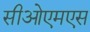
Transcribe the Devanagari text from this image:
सीओएमएस